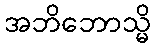
အဘိဘောသ္မိ